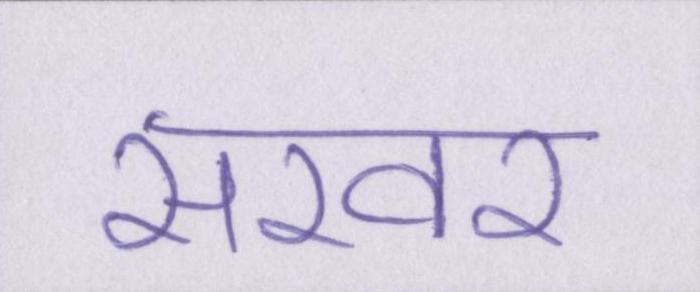
सरवर